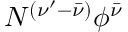
N ^ { ( \nu ^ { \prime } - \bar { \nu } ) } \phi ^ { \bar { \nu } }